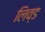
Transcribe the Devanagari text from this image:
लिव्ड